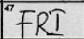
Transcription: FRI